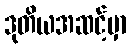
ဒုတိယအဆင့်မှာ